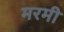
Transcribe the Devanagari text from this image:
मरमी